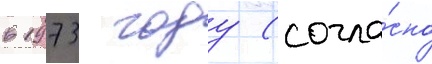
в 1973 году (согла́сно